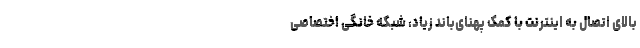
بالای اتصال به اینترنت با کمک پهنای‌باند زیاد، شبکه خانگی اختصاصی